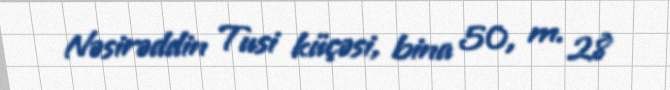
Nəsirəddin Tusi küçəsi, bina 50, m. 28